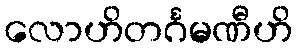
လောဟိတင်္ဂမဏီဟိ